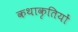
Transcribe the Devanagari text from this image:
कथाकृतियों